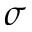
\sigma